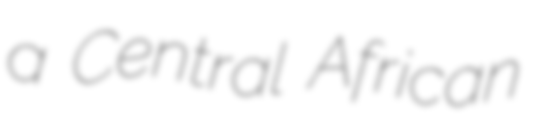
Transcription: a Central African